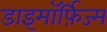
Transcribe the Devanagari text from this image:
डाइमॉर्फ़िज्म